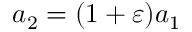
a _ { 2 } = ( 1 + \varepsilon ) a _ { 1 }